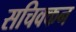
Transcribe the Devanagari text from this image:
सचिक्‍कन